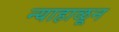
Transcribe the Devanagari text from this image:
न्याहाळून